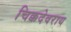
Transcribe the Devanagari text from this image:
चिक्कदेवराय